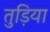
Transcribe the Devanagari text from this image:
तुड़िया